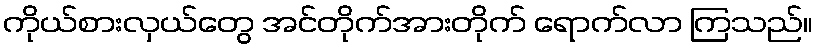
ကိုယ်စားလှယ်တွေ အင်တိုက်အားတိုက် ရောက်လာ ကြသည်။